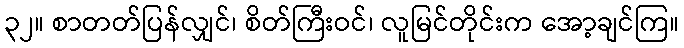
၃၂။ စာတတ်ပြန်လျှင်၊ စိတ်ကြီးဝင်၊ လူမြင်တိုင်းက အော့ချင်ကြ။